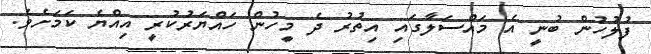
ފުލުހުން ބުނީ އެ މައްސަލާގައި އިތުރު ދެ މީހުން ހައްޔަރުކުރީ އިއްޔެ ކަމަށެވެ.